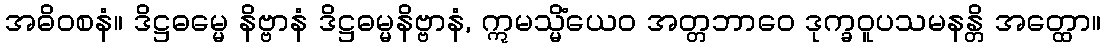
အဓိဝစနံ။ ဒိဋ္ဌဓမ္မေ နိဗ္ဗာနံ ဒိဋ္ဌဓမ္မနိဗ္ဗာနံ, ဣမသ္မိံယေဝ အတ္တဘာဝေ ဒုက္ခဝူပသမနန္တိ အတ္ထော။